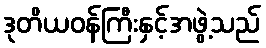
ဒုတိယဝန်ကြီးနှင့်အဖွဲ့သည်